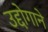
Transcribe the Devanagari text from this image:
उद्दोगाने